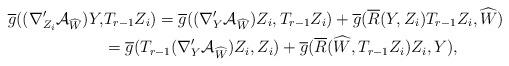
LaTeX: \begin{align*} \overline{g}((\nabla'_{Z_{i}}\mathcal{A}_{\widehat{W}})Y,&T_{r-1}Z_{i})= \overline{g}((\nabla'_{Y}\mathcal{A}_{\widehat{W}})Z_{i},T_{r-1}Z_{i})+\overline{g}(\overline{R}(Y,Z_{i})T_{r-1}Z_{i},\widehat{W})\\ &=\overline{g}(T_{r-1}(\nabla'_{Y}\mathcal{A}_{\widehat{W}})Z_{i},Z_{i})+\overline{g}(\overline{R}(\widehat{W},T_{r-1}Z_{i})Z_{i},Y),\end{align*}